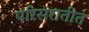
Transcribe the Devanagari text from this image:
परिसरातीत